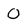
Character: O